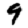
Digit: 9